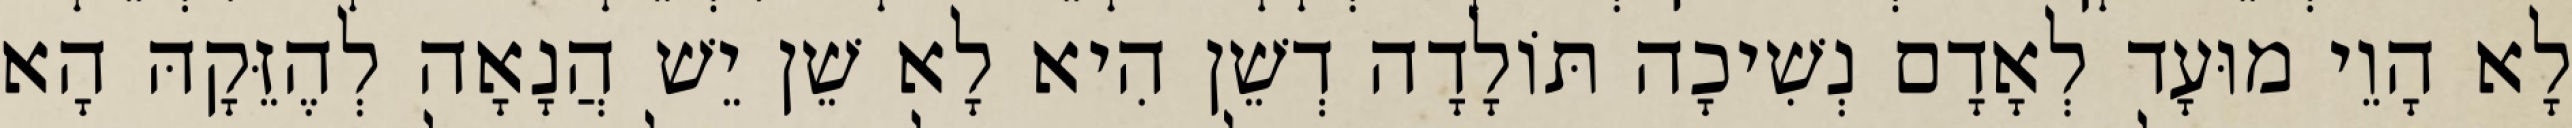
לָא הָוֵי מוּעָד לְאָדָם נְשִׁיכָה תּוֹלָדָה דְשֵׁן הִיא לָא שֵׁן יֵשׁ הֲנָאָה לְהֶזֵּקָהּ הָא